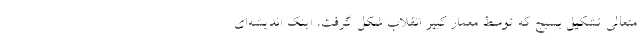
متعالی تشکیل بسیج که توسط معمار کبیر انقلاب شکل گرفت، اینک اندیشه‌ای